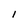
Character: l